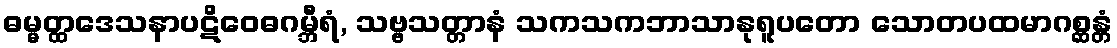
ဓမ္မတ္ထဒေသနာပဋိဝေဓဂမ္ဘီရံ, သဗ္ဗသတ္တာနံ သကသကဘာသာနုရူပတော သောတပထမာဂစ္ဆန္တံ